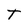
Character: T